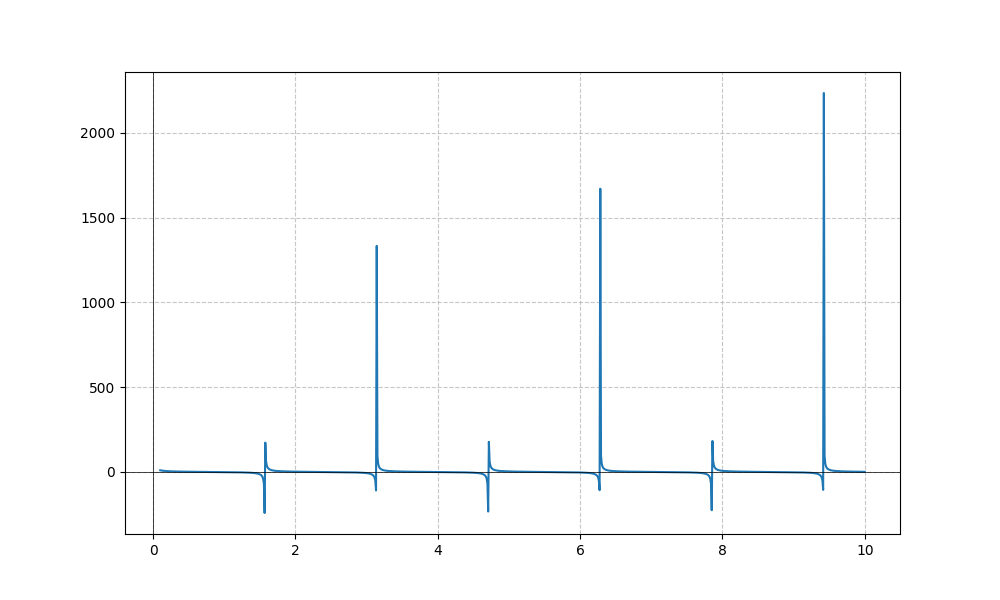
LaTeX formula: - \tan{\left(x \right)} + \cot{\left(x \right)}